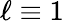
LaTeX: \ell\equiv 1